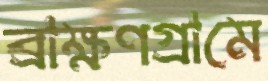
ব্রাক্ষণগ্রামে